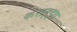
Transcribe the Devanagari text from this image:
कराइझा